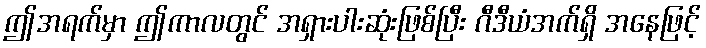
ဤအရက်မှာ ဤကာလတွင် အရှားပါးဆုံးဖြစ်ပြီး ဂီဒီယံအက်ရှိ အနေဖြင့်